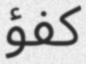
كفؤ